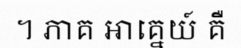
។ ភាគ អាគ្នេយ៍ គឺ